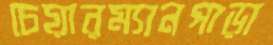
চেয়ারম্যানপাড়া